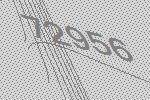
72956